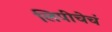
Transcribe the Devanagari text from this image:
लिपीचेचं